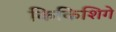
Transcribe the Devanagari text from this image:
किकिशिगे